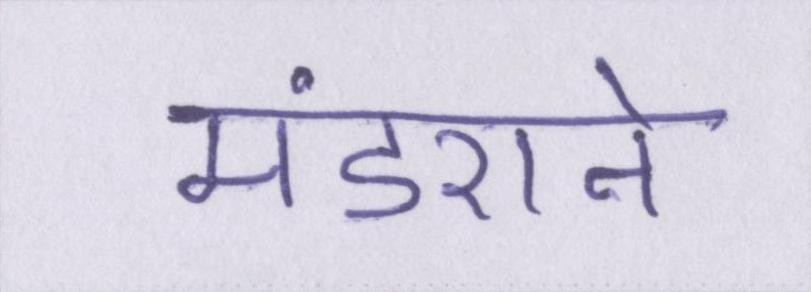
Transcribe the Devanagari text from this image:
मंडराने